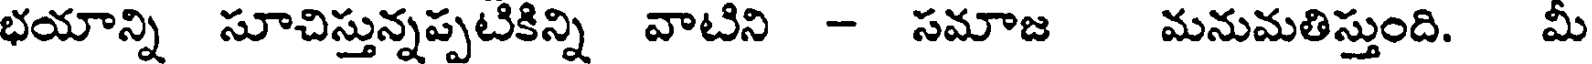
భయాన్ని సూచిస్తున్నప్పటికిన్ని వాటిని - సమాజ మనుమతిస్తుంది. మీ